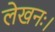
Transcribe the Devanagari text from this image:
लेखनः।